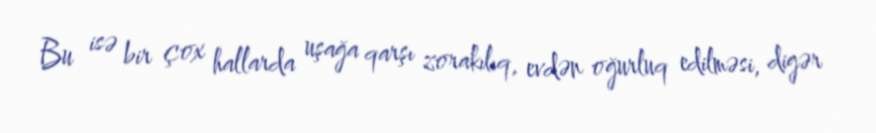
Bu isə bir çox hallarda uşağa qarşı zorakılıq, evdən oğurluq edilməsi, digər